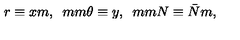
r \equiv x m , \hspace * { 5 m m } \theta \equiv y , \hspace * { 5 m m } N \equiv \bar { N } m ,